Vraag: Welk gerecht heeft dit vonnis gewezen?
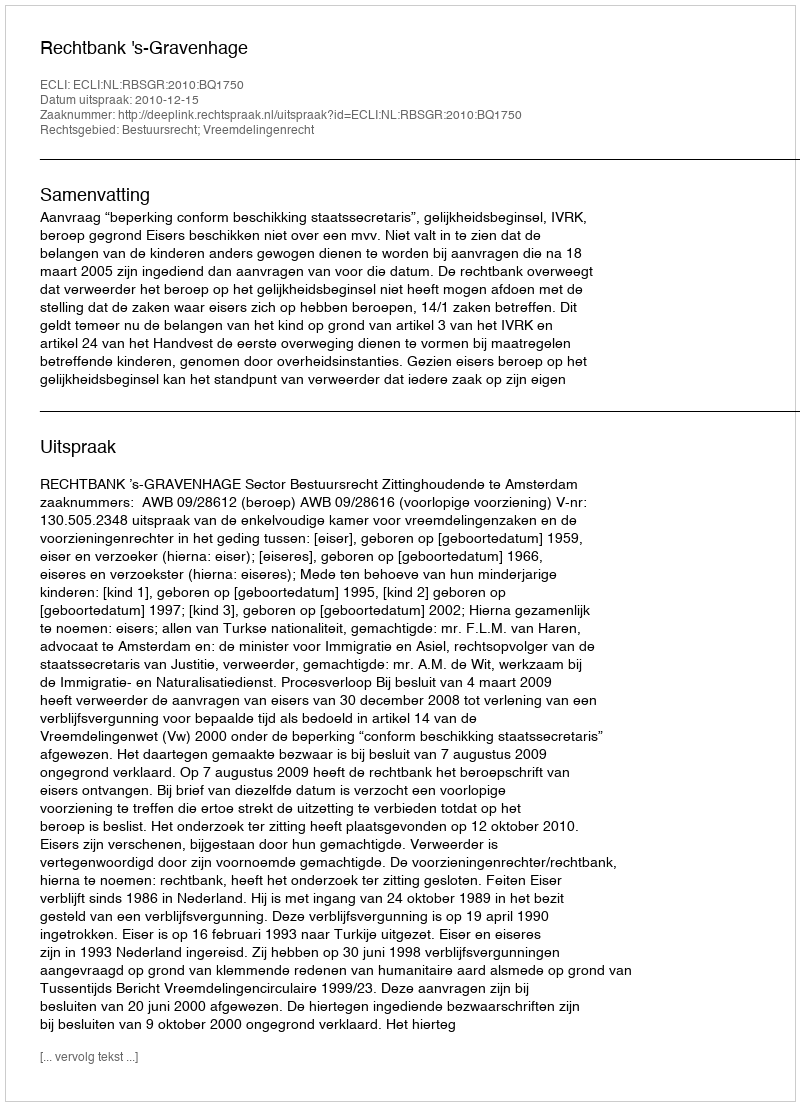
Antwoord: Rechtbank 's-Gravenhage